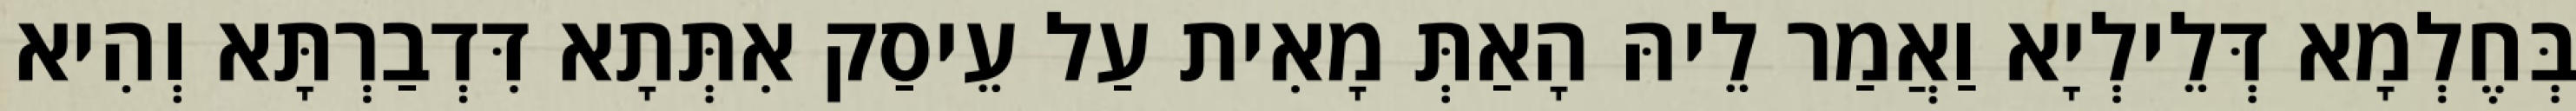
בְּחֶלְמָא דְּלֵילְיָא וַאֲמַר לֵיהּ הָאַתְּ מָאִית עַל עֵיסַק אִתְּתָא דִּדְבַרְתָּא וְהִיא